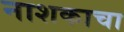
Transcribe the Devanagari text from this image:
नाशकाचा